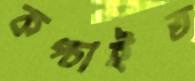
কপ্‌চাইত